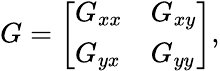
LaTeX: G=\left[\begin{array}{ll}{G_{xx}}&{G_{xy}}\\ {G_{yx}}&{G_{yy}}\end{array}\right],